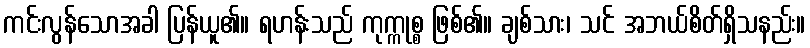
ကင်းလွန်သောအခါ ပြန်ယူ၏။ ရဟန်းသည် ကုက္ကုစ္စ ဖြစ်၏။ ချစ်သား၊ သင် အဘယ်စိတ်ရှိသနည်း။